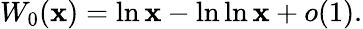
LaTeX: W_{0}(\mathbf{x})=\ln\mathbf{x}-\ln\ln\mathbf{x}+o(1).